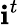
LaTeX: \mathbf{i}^{t}